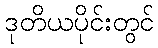
ဒုတိယပိုင်းတွင်